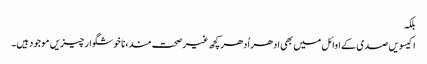
بلکہ
اکیسویں صدی کے اوائل میں بھی ادھر اُدھر کچھ غیر صحت مند، نا خوشگوار چیزیں موجود ہیں۔